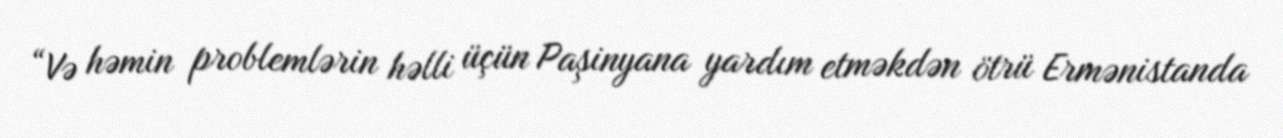
“Və həmin problemlərin həlli üçün Paşinyana yardım etməkdən ötrü Ermənistanda